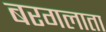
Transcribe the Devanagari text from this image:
बरगलाता